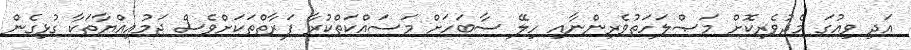
އަދި ވިއުގަ މެދުވެރިކޮށް މަޞްލަހަތުވެރިންނާއި ހިލޭ ސާބަހަށް މަސައްކަތްކުރާ ފަރާތްތަކަށްވެސް ޖަމުއިއްޔާތަކާ ގުޅިގެން